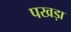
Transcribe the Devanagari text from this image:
पखड़ा